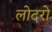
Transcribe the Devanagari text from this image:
लोदरो